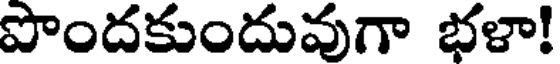
పొందకుందువుగా భళా!